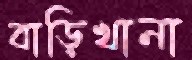
বাড়িখানা